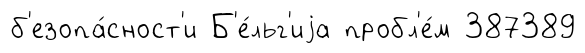
б'езопа́сност'и Б'е́льг'иjа пробл'е́м 387389